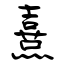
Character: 熹